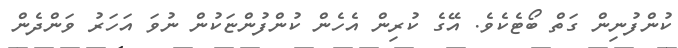
ކުންފުނިން ގަތް ބޯޓެކެވެ. އޭގެ ކުރިން އެހެން ކުންފުންޏަކުން ނުވަ އަހަރު ވަންދެން